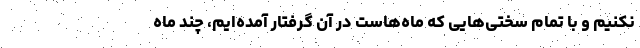
نکنیم و با تمام سختی‌هایی که ماه‌هاست در آن گرفتار آمده‌ایم، چند ماه